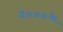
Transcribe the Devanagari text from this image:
२०००६